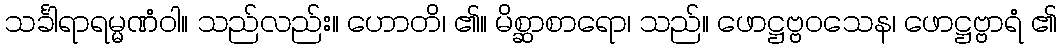
သင်္ခါရာရမ္မဏံဝါ။ သည်လည်း။ ဟောတိ၊ ၏။ မိစ္ဆာစာရော၊ သည်။ ဖောဋ္ဌဗ္ဗဝသေန၊ ဖောဋ္ဌဗ္ဗာရံ ၏